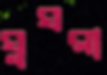
ঘুঘরা